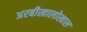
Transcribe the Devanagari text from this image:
अरबीखालोखाल